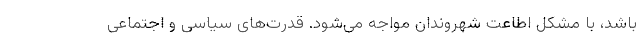
باشد، با مشکل اطاعت شهروندان مواجه می‌شود. قدرت‌های سیاسی و اجتماعی